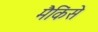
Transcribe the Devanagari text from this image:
मैकिंसे